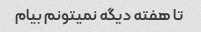
تا هفته دیگه نمیتونم بیام